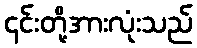
၎င်းတို့အားလုံးသည်